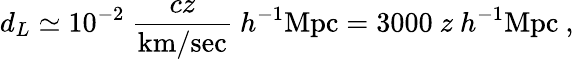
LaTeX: d_{L}\simeq 10^{-2}~{\frac{cz}{\mathrm{km/sec}}}~h^{-1}\mathrm{Mpc}=3000~z~h^{-1}\mathrm{Mpc}~,